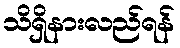
သိရှိနားလည်ရန်